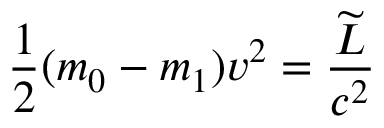
{ \frac { 1 } { 2 } } ( m _ { 0 } - m _ { 1 } ) v ^ { 2 } = \frac { \widetilde { L } } { c ^ { 2 } }